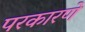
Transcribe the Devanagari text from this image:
परकारणे